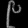
Digit: ၉